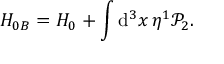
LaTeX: H _ { 0 B } = H _ { 0 } + \int \mathrm { d } ^ { 3 } x \, \eta ^ { 1 } \mathcal { P } _ { 2 } .